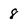
Character: 8